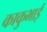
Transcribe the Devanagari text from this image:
काकुभाई